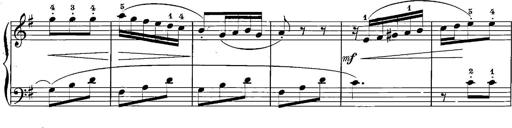
Title: 12 Sonatinas
Composer: Ignaz Pleyel